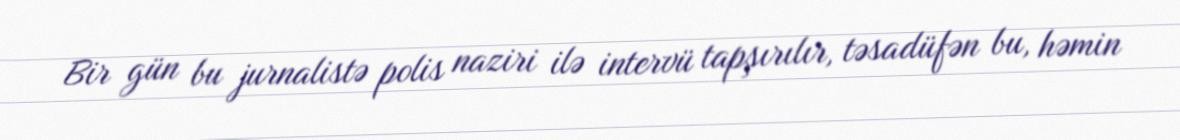
Bir gün bu jurnalistə polis naziri ilə intervü tapşırılır, təsadüfən bu, həmin